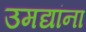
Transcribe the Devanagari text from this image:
उमद्यांना